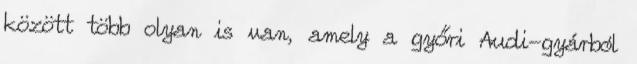
között több olyan is van, amely a győri Audi-gyárból